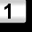
Digit: 1